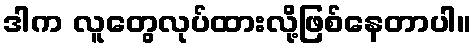
ဒါက လူတွေလုပ်ထားလို့ဖြစ်နေတာပါ။